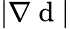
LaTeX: |\nabla\mathrm{~d~}|